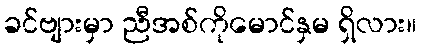
ခင်ဗျားမှာ ညီအစ်ကိုမောင်နှမ ရှိလား။